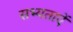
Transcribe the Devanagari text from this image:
सभ्यताऐं